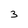
Character: 3